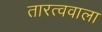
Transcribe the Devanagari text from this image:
तारत्ववाला